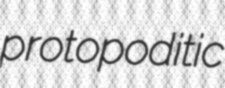
protopoditic